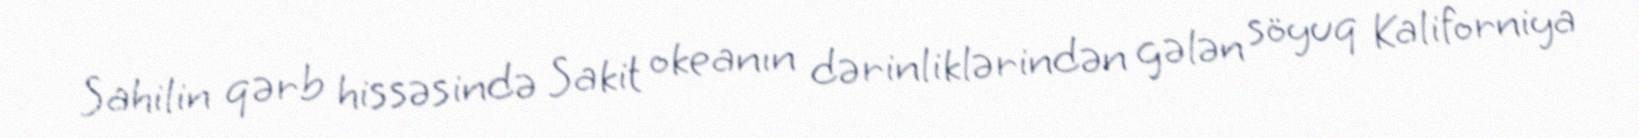
Sahilin qərb hissəsində Sakit okeanın dərinliklərindən gələn söyuq Kaliforniya